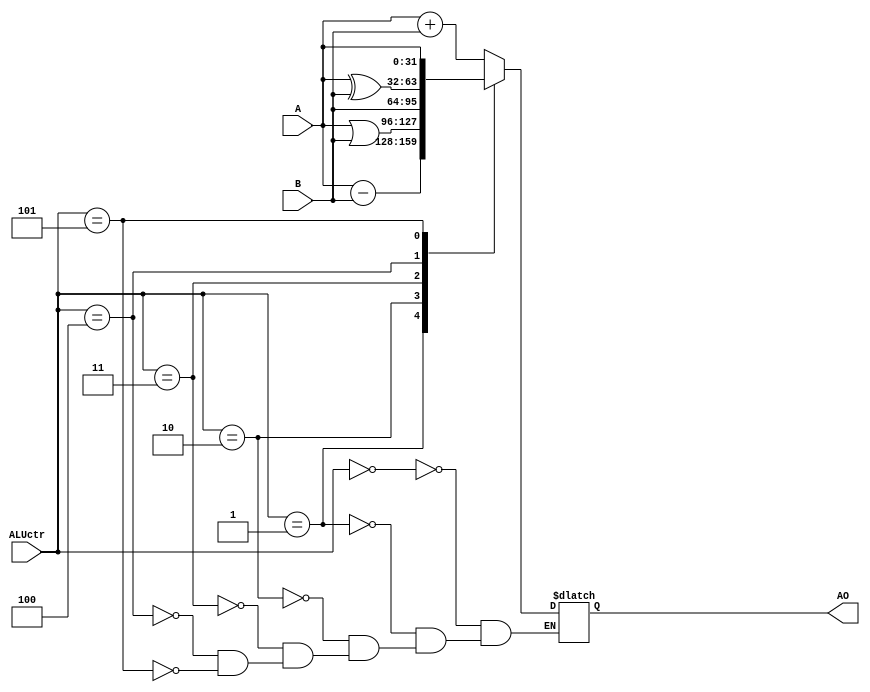
`timescale 1ns / 1ps
//////////////////////////////////////////////////////////////////////////////////
// Company: 
// Engineer: 
// 
// Design Name: 
// Module Name:    alu 
// Project Name: 
// Target Devices: 
// Tool versions: 
// Description: 
//
// Dependencies: 
//
// Revision: 
// Revision 0.01 - File Created
// Additional Comments: 
//
//////////////////////////////////////////////////////////////////////////////////
module alu(
	input [31:0] A,
	input [31:0] B,
	input [2:0] ALUctr,
	output reg [31:0] AO
    );
	wire [31:0] AO0 = A + B;
	wire [31:0] AO1 = A - B;
	wire [31:0] AO2 = A | B;
	wire [31:0] AO3 = B;
	wire [31:0] AO4 = A ^ B;
	wire [31:0] AO5 = A;
	
	initial begin
		AO = 0;
	end
	
	always @* begin
		case (ALUctr)
			3'd0:AO <= AO0;
			3'd1:AO <= AO1;
			3'd2:AO <= AO2;
			3'd3:AO <= AO3;
			3'd4:AO <= AO4;
			3'd5:AO <= AO5;
		endcase
	end
endmodule